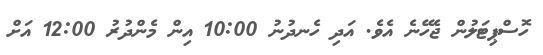
ހޮސްޕިޓަލުން ޖެހޭނެ އެވެ. އަދި ހެނދުނު 10:00 އިން މެންދުރު 12:00 އަށް